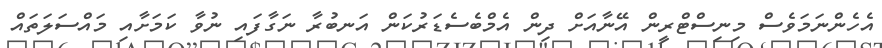
އެހެންނަމަވެސް މިނިސްޓްރީން އޭނާއަށް ދިން އެމްބެސެޑަރުކަން އަނބުރާ ނަގާފައި ނުވާ ކަމަށާއި މައްސަލަތައް